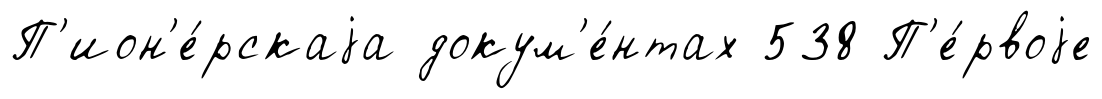
П'ион'е́рскаjа докум'е́нтах 538 П'е́рвоjе